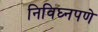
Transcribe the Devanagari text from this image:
निविघ्नपणे